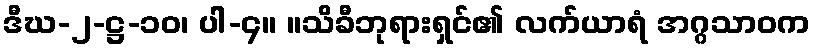
ဒီဃ-၂-ဋ္ဌ-၁၀၊ ပါ-၄။ ။သိခီဘုရားရှင်၏ လက်ယာရံ အဂ္ဂသာဝက